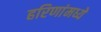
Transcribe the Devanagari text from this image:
हरिणांमध्ये